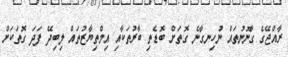
ރާއްޖޭގެ ގާނޫނުތައް ނުހިނގާނެ ގޮތަށް ބޮޑެތި ބާރުތަކާއި އިމްތިޔާޒުތައް ލިބިދޭ ފަދަ ގޮތަކަށް